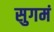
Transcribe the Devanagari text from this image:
सुगमं